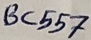
Text: BC557